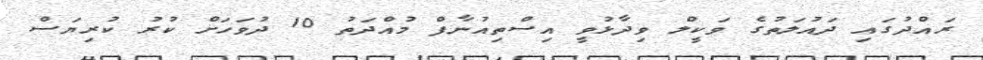
ރައްދުގައި ދައުލަތުގެ ވަކީލް ވިދާޅުވީ އިސްތިއުނާފް މުއްދަތު 10 ދުވަހަށް ކުރު ކުރިޔަސް